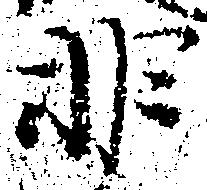
非